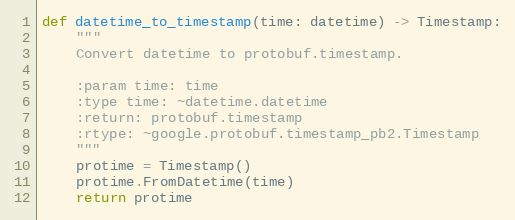
Language: Python
def datetime_to_timestamp(time: datetime) -> Timestamp:
    """
    Convert datetime to protobuf.timestamp.

    :param time: time
    :type time: ~datetime.datetime
    :return: protobuf.timestamp
    :rtype: ~google.protobuf.timestamp_pb2.Timestamp
    """
    protime = Timestamp()
    protime.FromDatetime(time)
    return protime